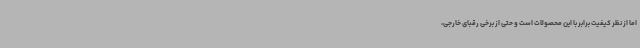
اما از نظر کیفیت برابر با این محصولات است و حتی از برخی رقبای خارجی،